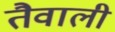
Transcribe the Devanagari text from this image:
तैवाली